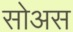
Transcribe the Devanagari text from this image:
सोअस